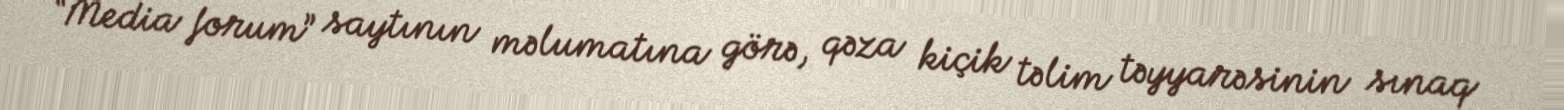
“Media forum” saytının məlumatına görə, qəza kiçik təlim təyyarəsinin sınaq